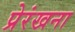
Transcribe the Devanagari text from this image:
प्रेरंखना